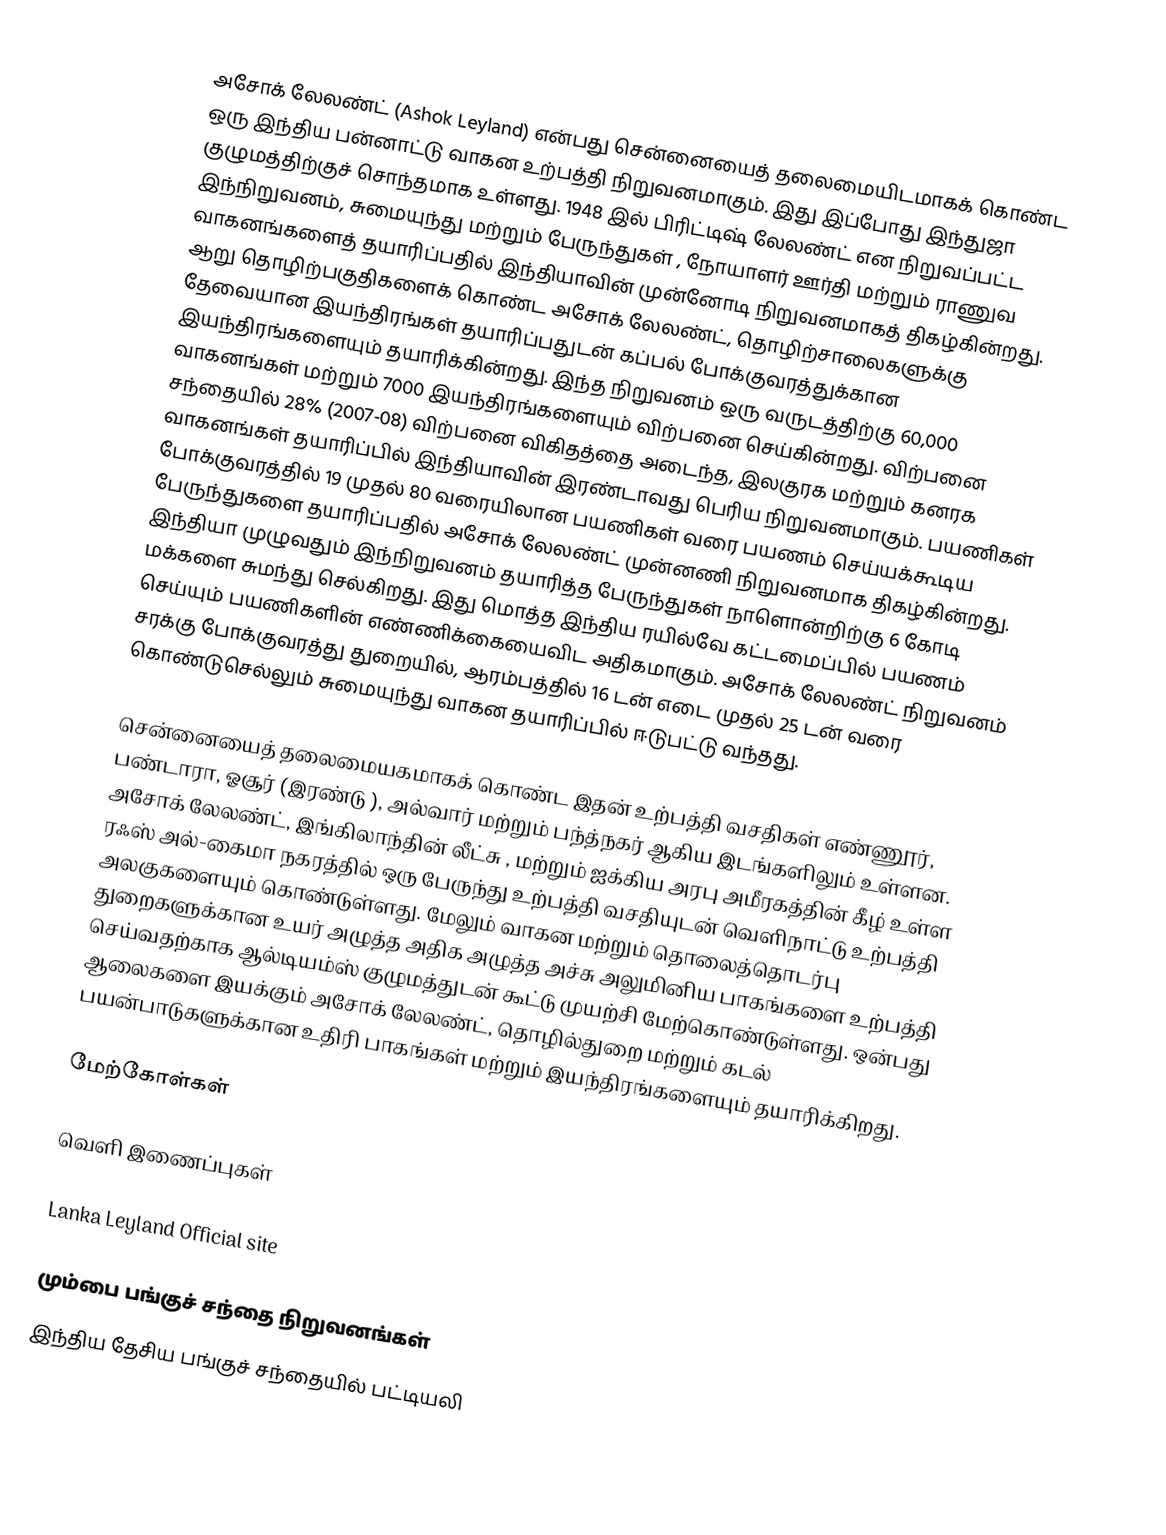
அசோக் லேலண்ட் (Ashok Leyland) என்பது சென்னையைத் தலைமையிடமாகக் கொண்ட ஒரு இந்திய பன்னாட்டு வாகன உற்பத்தி நிறுவனமாகும். இது இப்போது இந்துஜா குழுமத்திற்குச் சொந்தமாக உள்ளது. 1948 இல் பிரிட்டிஷ் லேலண்ட் என நிறுவப்பட்ட இந்நிறுவனம், சுமையுந்து மற்றும் பேருந்துகள் , நோயாளர் ஊர்தி மற்றும் ராணுவ வாகனங்களைத் தயாரிப்பதில் இந்தியாவின் முன்னோடி நிறுவனமாகத் திகழ்கின்றது. ஆறு தொழிற்பகுதிகளைக் கொண்ட அசோக் லேலண்ட், தொழிற்சாலைகளுக்கு தேவையான இயந்திரங்கள் தயாரிப்பதுடன் கப்பல் போக்குவரத்துக்கான இயந்திரங்களையும் தயாரிக்கின்றது. இந்த நிறுவனம்  ஒரு வருடத்திற்கு 60,000 வாகனங்கள் மற்றும் 7000 இயந்திரங்களையும் விற்பனை செய்கின்றது. விற்பனை சந்தையில் 28% (2007-08) விற்பனை விகிதத்தை அடைந்த, இலகுரக மற்றும் கனரக வாகனங்கள் தயாரிப்பில் இந்தியாவின் இரண்டாவது பெரிய நிறுவனமாகும். பயணிகள் போக்குவரத்தில் 19 முதல் 80 வரையிலான பயணிகள் வரை பயணம் செய்யக்கூடிய பேருந்துகளை தயாரிப்பதில் அசோக் லேலண்ட் முன்னணி நிறுவனமாக திகழ்கின்றது. இந்தியா முழுவதும்  இந்நிறுவனம் தயாரித்த பேருந்துகள் நாளொன்றிற்கு 6 கோடி மக்களை சுமந்து செல்கிறது. இது மொத்த இந்திய ரயில்வே கட்டமைப்பில் பயணம் செய்யும் பயணிகளின் எண்ணிக்கையைவிட அதிகமாகும். அசோக் லேலண்ட் நிறுவனம் சரக்கு போக்குவரத்து துறையில், ஆரம்பத்தில் 16 டன் எடை முதல் 25 டன் வரை கொண்டுசெல்லும் சுமையுந்து வாகன  தயாரிப்பில் ஈடுபட்டு வந்தது.

சென்னையைத் தலைமையகமாகக் கொண்ட இதன் உற்பத்தி வசதிகள் எண்ணூர், பண்டாரா, ஓசூர் (இரண்டு ), அல்வார் மற்றும் பந்த்நகர் ஆகிய இடங்களிலும் உள்ளன. அசோக் லேலண்ட், இங்கிலாந்தின் லீட்சு , மற்றும் ஐக்கிய அரபு அமீரகத்தின் கீழ் உள்ள ரஃஸ் அல்-கைமா நகரத்தில் ஒரு பேருந்து உற்பத்தி வசதியுடன் வெளிநாட்டு உற்பத்தி அலகுகளையும் கொண்டுள்ளது. மேலும் வாகன மற்றும் தொலைத்தொடர்பு துறைகளுக்கான உயர் அழுத்த அதிக அழுத்த அச்சு அலுமினிய பாகங்களை உற்பத்தி செய்வதற்காக ஆல்டியம்ஸ் குழுமத்துடன் கூட்டு முயற்சி மேற்கொண்டுள்ளது. ஒன்பது ஆலைகளை இயக்கும் அசோக் லேலண்ட், தொழில்துறை மற்றும் கடல் பயன்பாடுகளுக்கான உதிரி பாகங்கள் மற்றும் இயந்திரங்களையும் தயாரிக்கிறது.

மேற்கோள்கள்

வெளி இணைப்புகள்

Lanka Leyland Official site

மும்பை பங்குச் சந்தை நிறுவனங்கள்
இந்திய தேசிய பங்குச் சந்தையில் பட்டியலி